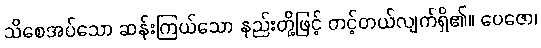
သိစေအပ်သော ဆန်းကြယ်သော နည်းတို့ဖြင့် တင့်တယ်လျက်ရှိ၏။ ပေဇော၊